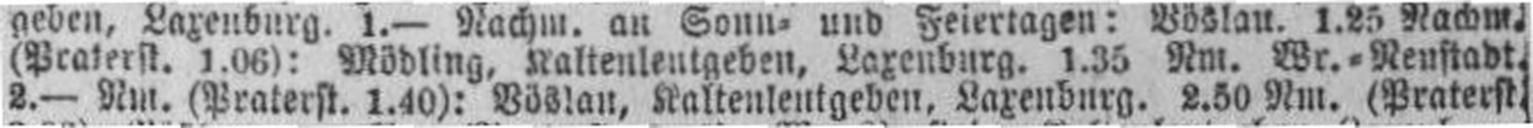
2.— Nm. (Praterst. 1.40): Böslau, Kaltenleutgeben, Laxenburg, 2.50 Nm. (Praterst.